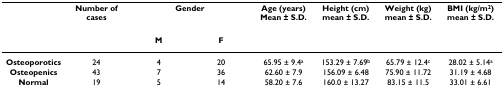
|  | Number of cases | <COLSPAN=2> Gender | Age (years) Mean ± S.D. | Height (cm) mean ± S.D. | Weight (kg) mean ± S.D. | BMI (kg/m2) mean ± S.D. |
 |  |  | M | F |  |  |  |  |
 | --- | --- | --- | --- | --- | --- | --- | --- |
 | Osteoporotics | 24 | 4 | 20 | 65.95 ± 9.4a | 153.29 ± 7.69b | 65.79 ± 12.4c | 28.02 ± 5.14a |
 | Osteopenics | 43 | 7 | 36 | 62.60 ± 7.9 | 156.09 ± 6.48 | 75.90 ± 11.72 | 31.19 ± 4.68 |
 | Normal | 19 | 5 | 14 | 58.20 ± 7.6 | 160.0 ± 13.27 | 83.15 ± 11.5 | 33.01 ± 6.61 |